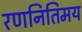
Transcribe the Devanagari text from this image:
रणनितिमय